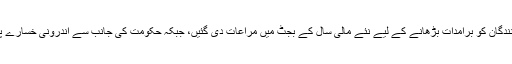
مشیر خزانہ نے بتایا کہ برآمد کنندگان کو برآمدات بڑھانے کے لیے نئے مالی سال کے بجٹ میں مراعات دی گئیں، جبکہ حکومت کی جانب سے اندرونی خسارے پر قابو پانے کی کوشش کی گئی۔